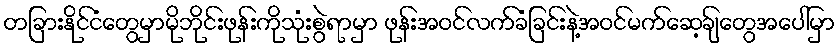
တခြားနိုင်ငံတွေမှာမိုဘိုင်းဖုန်းကိုသုံးစွဲရာမှာ ဖုန်းအဝင်လက်ခံခြင်းနဲ့အဝင်မက်ဆေ့ချ်တွေအပေါ်မှာ